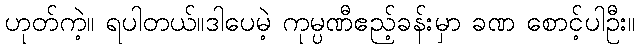
ဟုတ်ကဲ့။ ရပါတယ်။ဒါပေမဲ့ ကုမ္ပဏီဧည့်ခန်းမှာ ခဏ စောင့်ပါဦး။